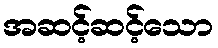
အဆင့်ဆင့်သော